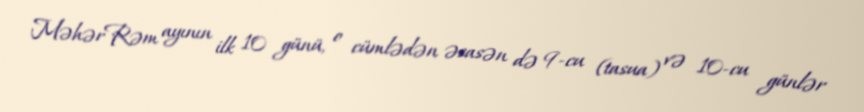
MəhərRəm ayının ilk 10 günü, o cümlədən əsasən də 9-cu (tasua) və 10-cu günlər